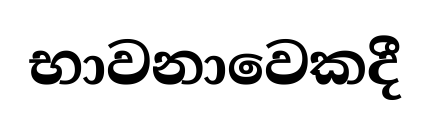
භාවනාවෙකදී